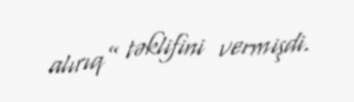
alırıq” təklifini vermişdi.